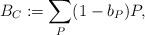
LaTeX: \begin{align*}B_{C}:=\sum_{P}(1-b_{P})P,\end{align*}